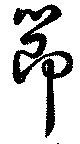
節